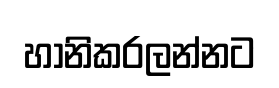
හානිකරලන්නට